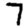
Digit: 7